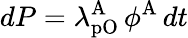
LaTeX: dP=\lambda_{\mathrm{pO}}^{\mathrm{A}}\, \phi^{\mathrm{A}}\, dt